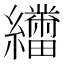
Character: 𬘑